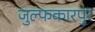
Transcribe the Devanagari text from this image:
जुल्फकारपुर